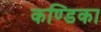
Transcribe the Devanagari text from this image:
कण्‍डिका